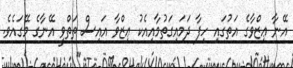
އޭނާ ޢިޒްވާގެ އަތުގައި ހިފާ ދަމައިގަތުމާއިއެކު ޢިޒްވާ އައިސް ތަތްވީ އޭނާގެ މޭގައެވެ.